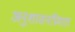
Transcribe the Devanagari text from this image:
अनुशासनप्रियता